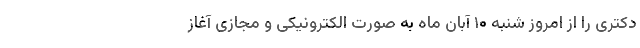
دکتری را از امروز شنبه ۱۰ آبان ماه به صورت الکترونیکی و مجازی آغاز